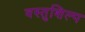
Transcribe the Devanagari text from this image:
वस्तुशिल्प